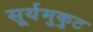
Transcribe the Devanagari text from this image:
सूर्यमुकुट